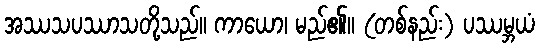
အဿသပဿာသတို့သည်။ ကာယော၊ မည်၏။ (တစ်နည်း) ပဿမ္ဘယံ